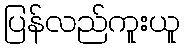
ပြန်လည်ကူးယူ